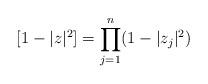
LaTeX: \begin{align*} [1-|z|^2]=\prod_{j=1}^n (1-|z_j|^2)\end{align*}